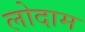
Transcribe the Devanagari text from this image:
लोदाम